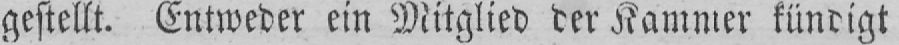
gestellt. Entweder ein Mitglied der Kammer kündigt